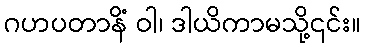
ဂဟပတာနိံ ဝါ၊ ဒါယိကာမသို့၎င်း။